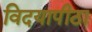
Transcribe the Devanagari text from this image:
विदयापीठा